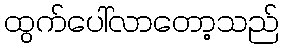
ထွက်ပေါ်လာတော့သည်